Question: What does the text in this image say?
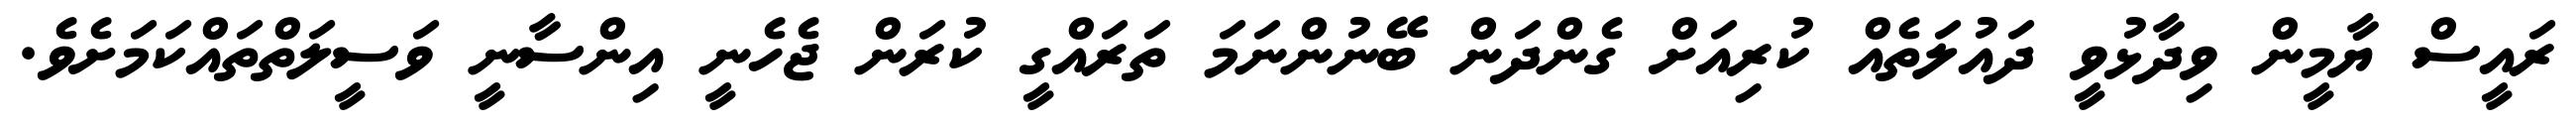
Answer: ރައީސް ޔާމީން ވިދާޅުވީ ދައުލަތެއް ކުރިއަށް ގެންދަން ބޭނުންނަމަ ތަރައްގީ ކުރަން ޖެހެނީ އިންސާނީ ވަސީލަތްތައްކަމަށެވެ.